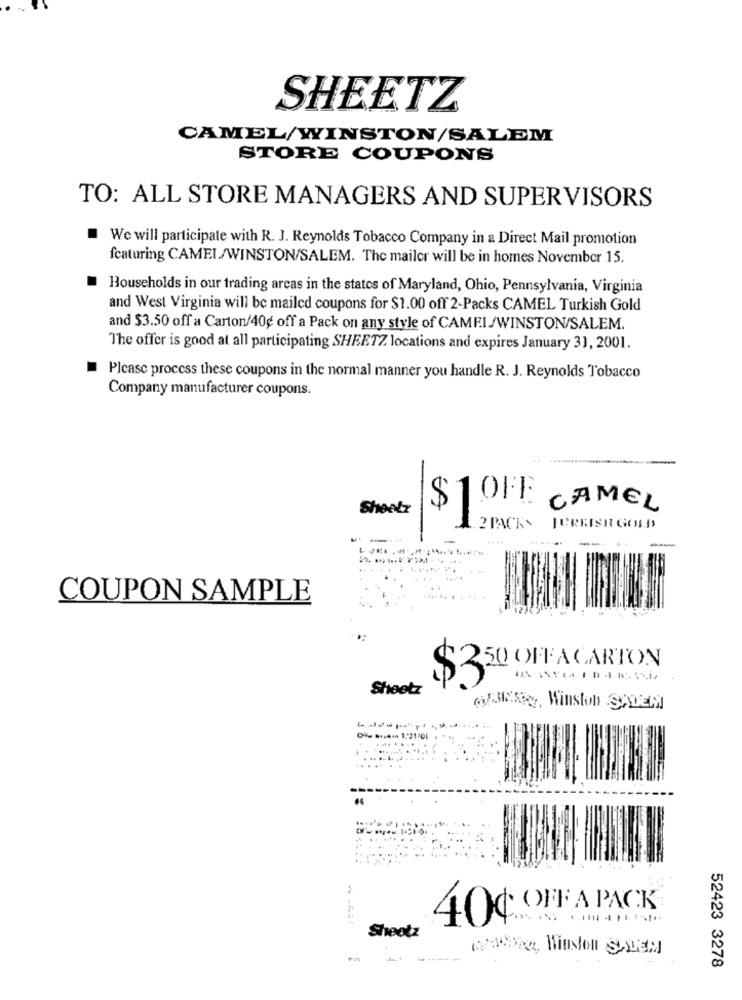
SHEETZ
CAMEL/WINSTON/SALEM
STORE COUPONS
TO: ALL STORE MANAGERS AND SUPERVISORS
We will participate with R. J. Reynolds Tobacco Company in a Direct Mail promotion
featuring CAMEL/WINSTON/SALEM. The mailer will be in homes November 15.
Households in our trading arcas in the states of Maryland, Ohio, Pennsylvania, Virginia
and West Virginia will be mailed coupons for $1.00 off 2-Packs CAMEL Turkish Gold
and $3.50 off a Carton/40g off a Pack on any style of CAMEI/WINSTON/SALEM.
The offer is good at all participating SHEETZ locations and expires January 31, 2001.
Please process these coupons in the normal manner you handle R. J. Reynolds Tobacco
Company manufacturer coupons.
Sheelx
$10FT
CAMEL
.. 2 PACKS
JERASH GOLDS
-
.. ..
---
-
COUPON SAMPLE
50 OFFACARTON
Sheetz
$3
MERK, Winston SALEM
OFF A PACK
40¢
Sheotz
para, Winston SALEM
-----
52423 3278